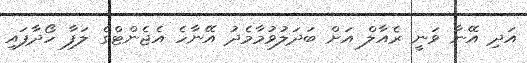
އަދި އޭނާ ވަނީ ރެއާލް އަށް ބަދަލުވުމާމެދު އޭނާހެ އެޖެންޓްގެ ލަފާ ހޯދާފައި